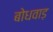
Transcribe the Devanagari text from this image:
बोधवाड़